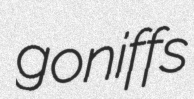
goniffs